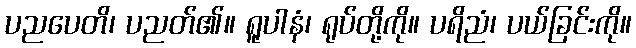
ပညပေတိ၊ ပညတ်၏။ ရူပါနံ၊ ရုပ်တို့ကို။ ပရိညံ၊ ပယ်ခြင်းကို။